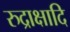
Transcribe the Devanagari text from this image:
रुद्राक्षादि